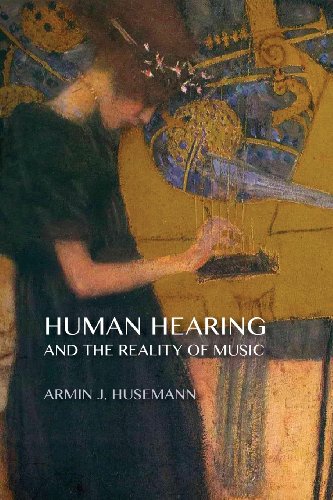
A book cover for Human Hearing and the Reality of Music; Armin J. Husemann; Health, Fitness & Dieting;